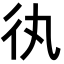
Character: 𢓃